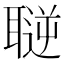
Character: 𦗄